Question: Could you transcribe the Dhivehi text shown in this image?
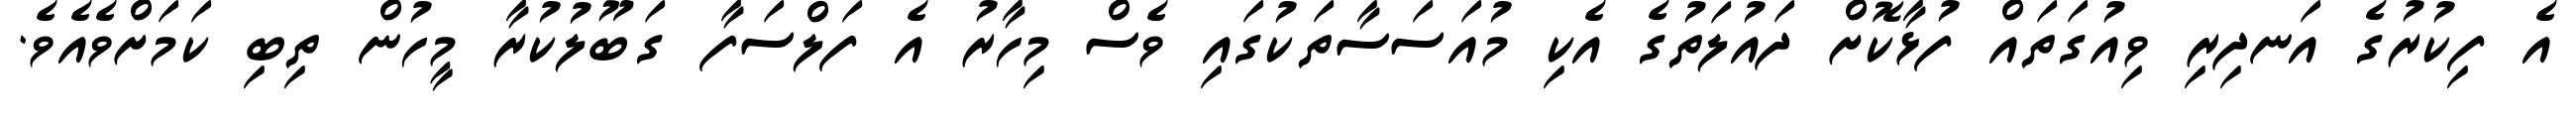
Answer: އެ ފިކުރުގެ އަނދިރި ވިއުގަތައް ފުޅާކޮށް ދައުލަތުގެ އެކި މުއަސަސާތަކުގައި ވެސް މިހާރު އެ ފަލްސަފާ ގަބޫލުކުރާ މީހުން ތިބި ކަމަށްވެއެވެ.